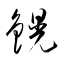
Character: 鎤